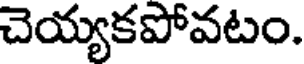
చెయ్యకపోవటం.